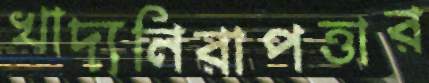
খাদ্যনিরাপত্তার